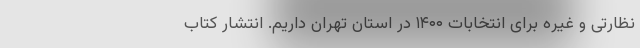
نظارتی و غیره برای انتخابات ۱۴۰۰ در استان تهران داریم. انتشار کتاب